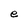
Character: e